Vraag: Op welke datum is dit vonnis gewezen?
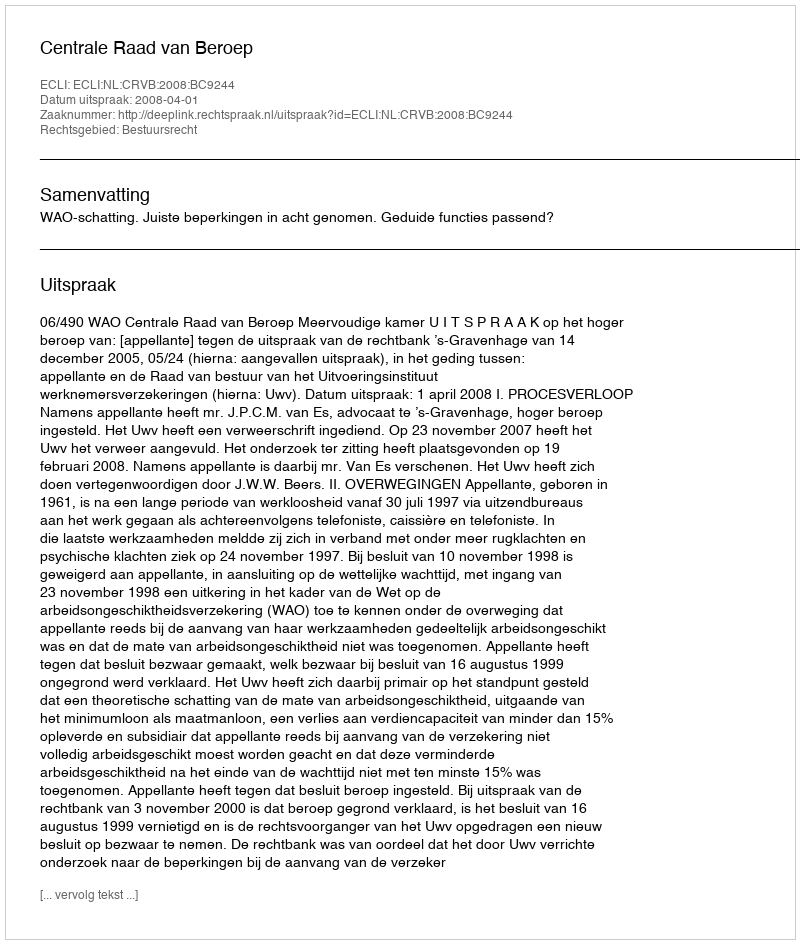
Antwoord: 2008-04-01